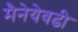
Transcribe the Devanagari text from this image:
मैनेयेवढी